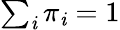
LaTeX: \textstyle\sum_{\mathit{i}}\pi_{\mathit{i}}=1